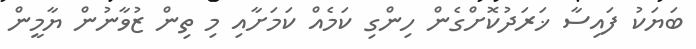
ބަޔަކު ފައިސާ ޚަރަދުކޮށްގެން ހިންގި ކަމެއް ކަމަށާއި މި ތިން ޒުވާނުން ޔާމީން